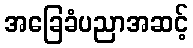
အခြေခံပညာအဆင့်